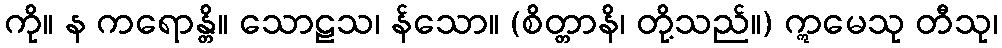
ကို။ န ကရောန္တိ။ သောဠသ၊ န်သော။ (စိတ္တာနိ၊ တို့သည်။) ဣမေသု တီသု၊